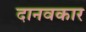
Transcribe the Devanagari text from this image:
दानवकार